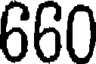
660